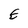
Character: E